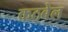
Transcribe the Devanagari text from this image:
कठबेल